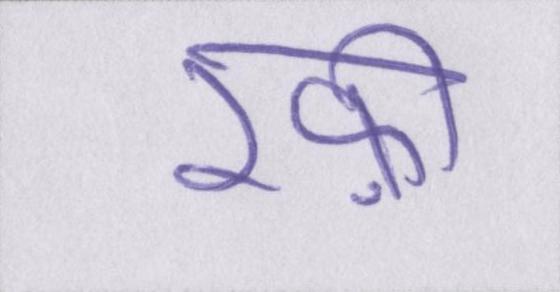
रफ़ी